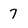
Character: 7